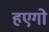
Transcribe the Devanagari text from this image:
हएगो